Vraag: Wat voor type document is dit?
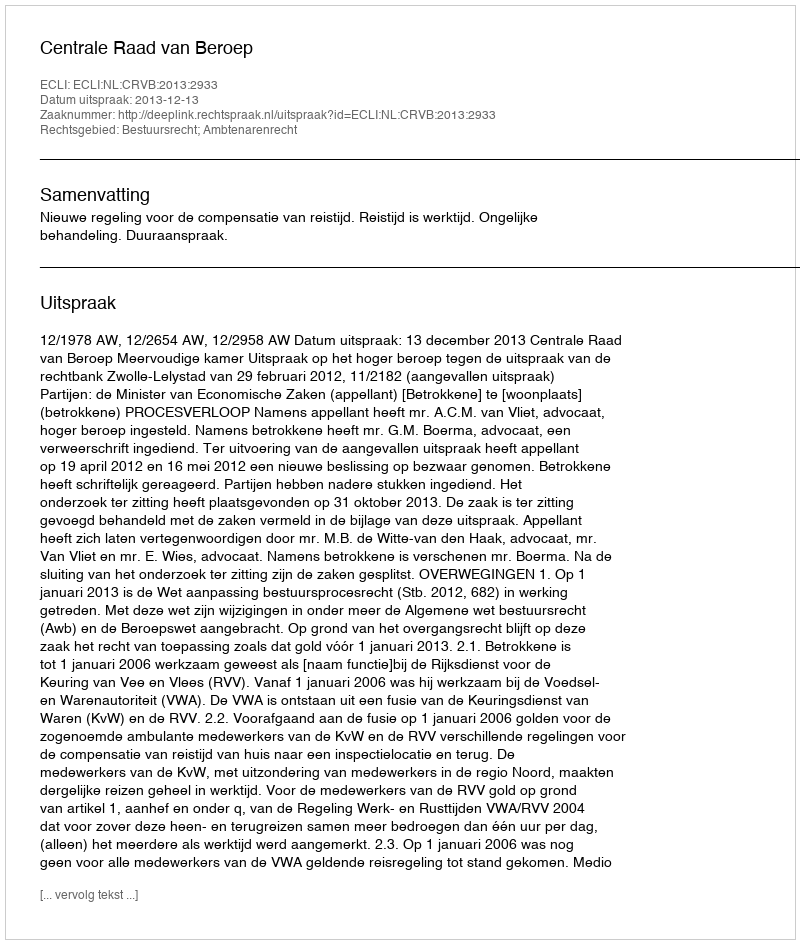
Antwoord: Uitspraak